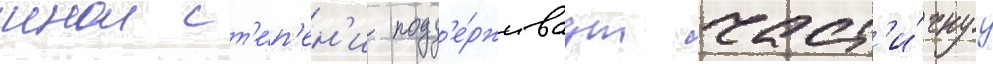
инои ст'е́п'ен'и подд'е́рживаут част'и́чнуу